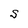
Character: S